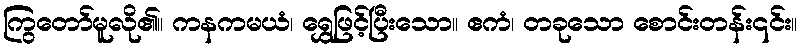
ကြွတော်မူလို၏။ ကနကမယံ၊ ရွှေဖြင့်ပြီးသော။ ဧကံ၊ တခုသော စောင်းတန်း၎င်း။